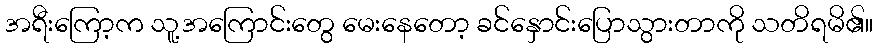
အရီးကြော့က သူ့အကြောင်းတွေ မေးနေတော့ ခင်နှောင်းပြောသွားတာကို သတိရမိ၏။